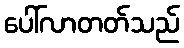
ပေါ်လာတတ်သည်